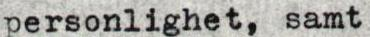
personlighet, samt